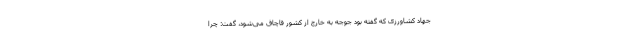
جهاد کشاورزی که گفته بود جوجه به خارج از کشور قاچاق می‌شود، گفت: چرا